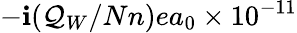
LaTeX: -\mathbf{i}(\mathcal{Q}_{W}/Nn)ea_{0}\times10^{-11}